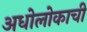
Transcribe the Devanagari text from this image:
अधोलोकाची